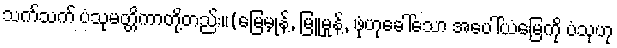
သက်သက် ပံသုမတ္တိကာတို့တည်း။(မြေမှုန့်, မြူမှုန့်, ဖုံဟုခေါ်သော အပေါ်ယံမြေကို ပံသုဟု